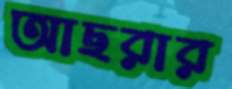
আছরার